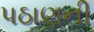
પઠાણની